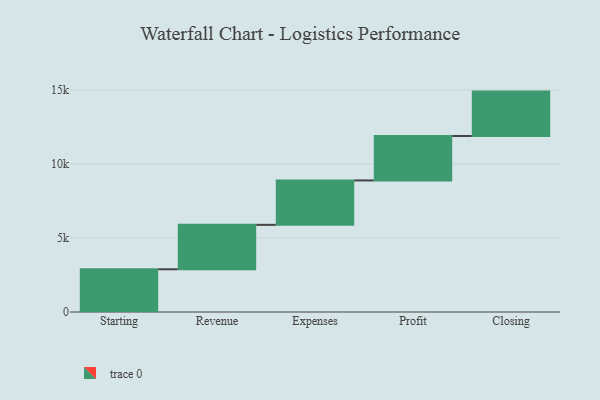
{"axis": {"x": "Step", "y": "Value"}, "legend": [""], "data": [{"x": "Starting", "y": 2887.0, "type": ""}, {"x": "Revenue", "y": 3000, "type": ""}, {"x": "Expenses", "y": 3000, "type": ""}, {"x": "Profit", "y": 3000, "type": ""}, {"x": "Closing", "y": 3000, "type": ""}]}